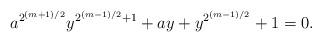
LaTeX: \begin{align*} a^{2^{(m+1)/2}} y^{2^{(m-1)/2} +1} + ay + y^{2^{(m-1)/2}} + 1 =0.\end{align*}